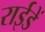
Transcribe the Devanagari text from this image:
राईडें